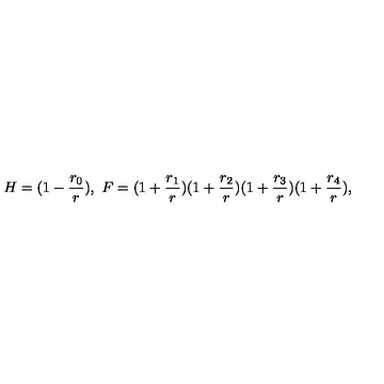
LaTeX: H = ( 1 - \frac { r _ { 0 } } { r } ) , \ F = ( 1 + \frac { r _ { 1 } } { r } ) ( 1 + \frac { r _ { 2 } } { r } ) ( 1 + \frac { r _ { 3 } } { r } ) ( 1 + \frac { r _ { 4 } } { r } ) ,